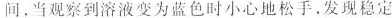
间，当观察到溶液变为蓝色时小心地松手，发现稳定